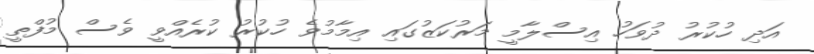
އަދި ހުކުރު ދުވަހު އިސްލާމީ މަރުކަޒުގައި އިމާމުވެ ހުކުރު ކުރެއްވީ ވެސް މުފްތީ